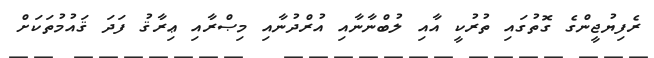
ރެފިޔުޖީންގެ ގޮތުގައި ތުރުކީ އާއި ލުބްނާނާއި އުރްދުނާއި މިޞްރާއި ޢިރާޤު ފަދަ ޤައުމުތަކަށް